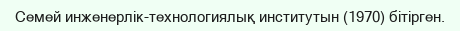
Семей инженерлік-технологиялық институтын (1970) бітірген.